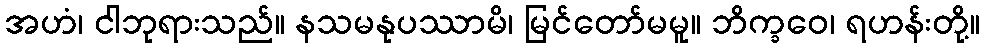
အဟံ၊ ငါဘုရားသည်။ နသမနုပဿာမိ၊ မြင်တော်မမူ။ ဘိက္ခဝေ၊ ရဟန်းတို့။